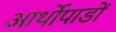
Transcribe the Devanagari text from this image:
आर्थोपाडों